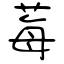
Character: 莓